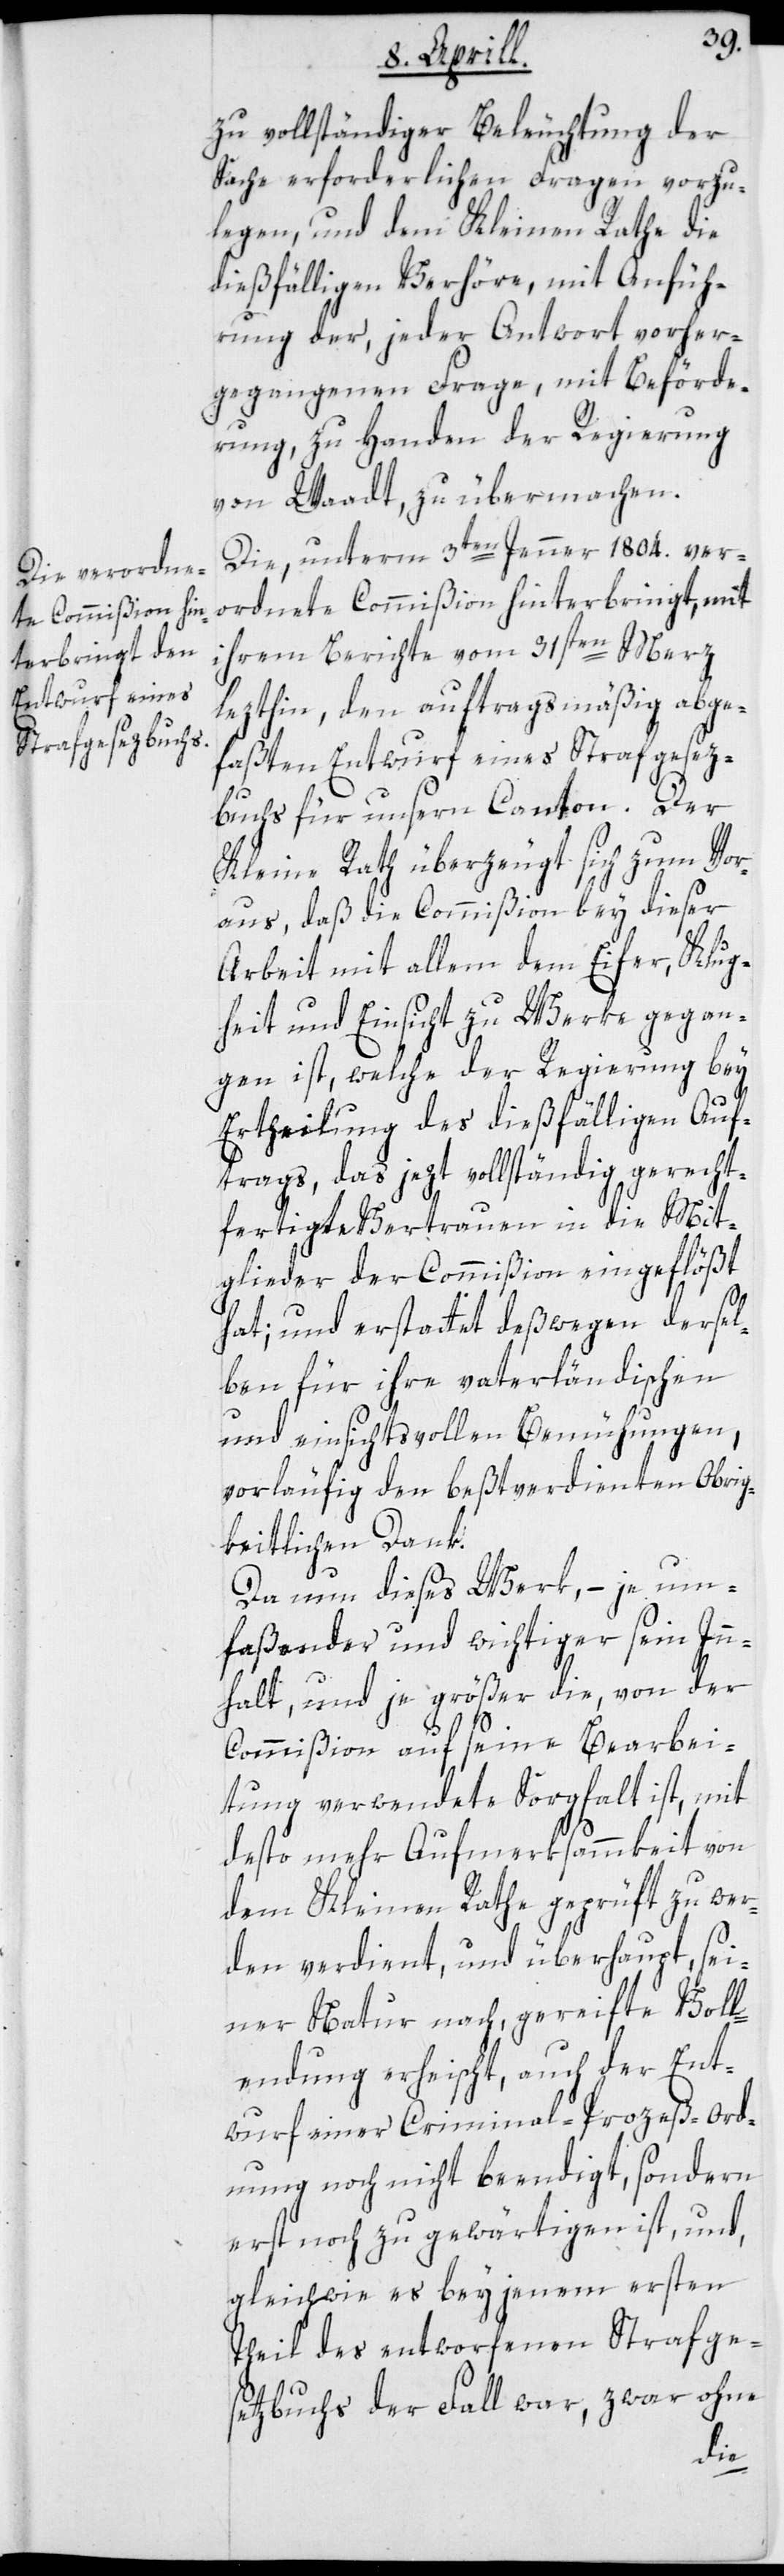
zu vollständiger Beleuchtung der
Sache erforderlichen Fragen vorzu¬
legen, und dem Kleinen Rathe die
dießfälligen Verhöre, mit Anfüh¬
rung der, jeder Antwort vorher¬
gegangenen Frage, mit Beförde¬
rung zu Handen der Regierung
von Waadt zu übermachen.
Die unterm 3ten Jenner 1804 ver¬
ordnete Commißion hinterbringt, mit
ihrem Berichte vom 31sten Merz
lezthin, den auftragsmäßig abge¬
faßten Entwurf eines Strafgesez¬
buchs für unsern Canton. Der
Kleine Rath überzeugt sich zum Vor¬
aus, daß die Commißion bey dieser
Arbeit mit allem dem Eifer, Klug¬
heit und Einsicht zu Werke gegan¬
gen ist, welche der Regierung bey
Ertheilung des dießfälligen Auf¬
trags, das jetzt vollständig gerecht¬
fertigte Vertrauen in die Mit¬
glieder der Commißion eingeflößt
hat; und erstattet deßwegen dersel¬
ben für ihre vaterländischen
und einsichtsvollen Bemühungen,
vorläufig den beßtverdienten Obrig¬
keitlichen Dank.
Da nun dieses Werk, – je um¬
faßender und wichtiger sein Inn¬
halt, und je größer die, von der
Commißion auf seine Bearbei¬
tung verwendete Sorgfalt ist, mit
desto mehr Aufmerksammkeit von
dem Kleinen Rathe geprüft zu wer¬
den verdient, und überhaupt, sei¬
ner Natur nach, gereifte Voll¬
endung erheischt, auch der Ent¬
wurf einer Criminal-Prozeß-Ord¬
nung noch nicht beendigt, sondern
erst noch zu gewärtigen ist, und
gleichwie es bey jenem ersten
Theil des entworfenen Strafge¬
setzbuchs der Fall war, zwar ohne